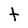
Character: t